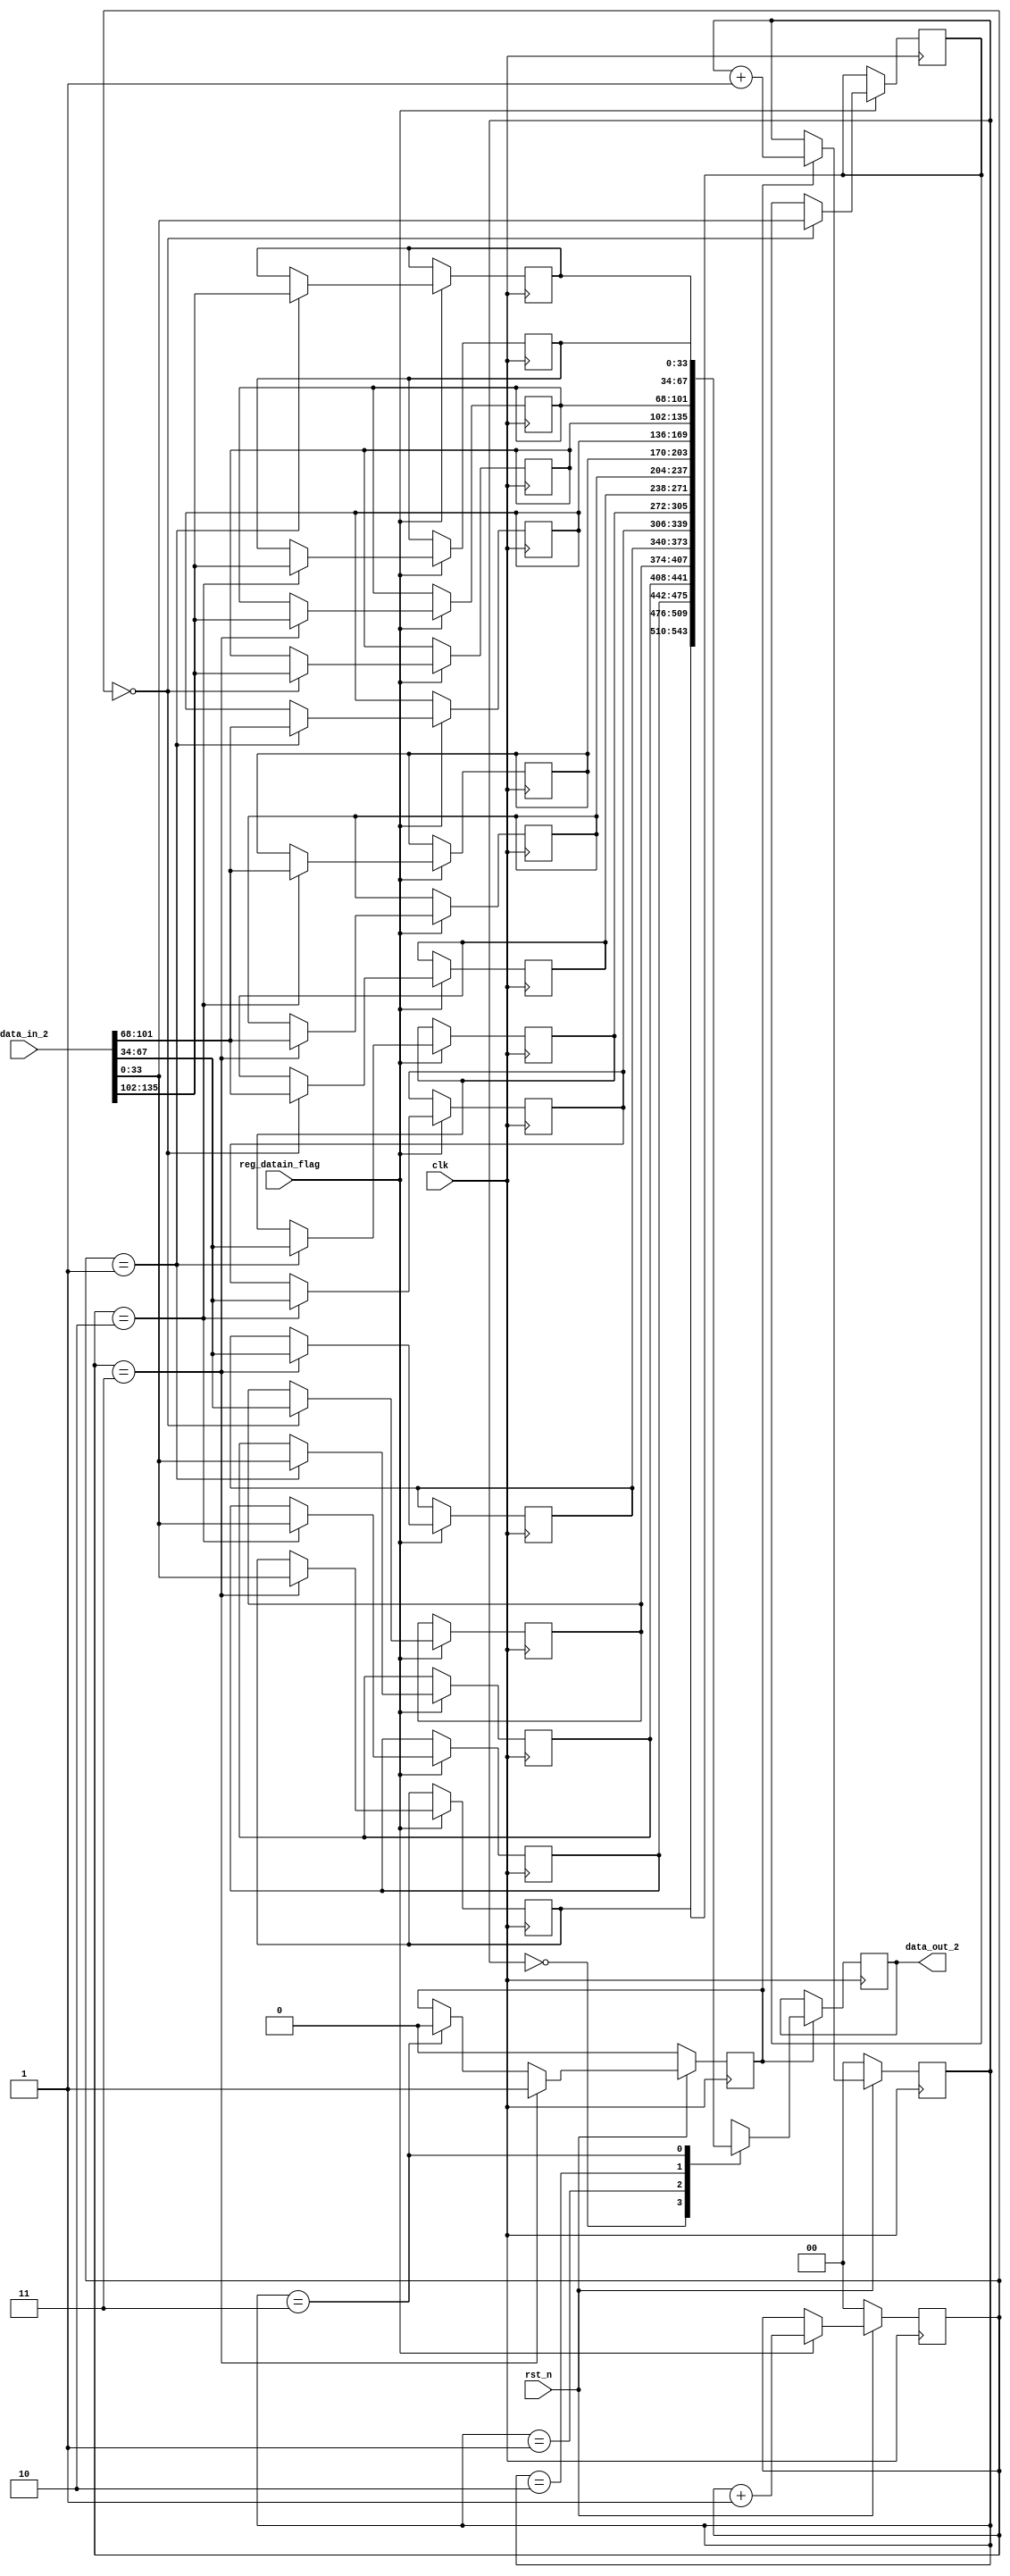
// This program was cloned from: https://github.com/VenciFreeman/FFT_ChipDesign
// License: Mozilla Public License 2.0

//**********************************************************
// School: Shanghai Jiao Tong University
//
// File Name: reg1
//
// Type: Sequential
//
// Purpose: Storage of butterfly operation intermediate data
// 
// Details:
//
// Release History:
// - Version 1.0 20/03/27: Create;
// - Version 1.1 20/04/20: Modify;
// - Version 1.2 20/04/21: Edit format by @VenciFreeman.
//
// Notes:
//
//**********************************************************

module reg1(

  input  wire         clk,
  input  wire         rst_n,
  input  wire [135:0] data_in_2,        // The data from butterfly (or structurally, from DEMUX)
  input  wire         reg_datain_flag,  // control the input
  output reg  [135:0] data_out_2        // The data to MUX

  );

  reg reg_flag_mux;  // control the output

  reg [33:0] R0;
  reg [33:0] R1;
  reg [33:0] R2;
  reg [33:0] R3;
  reg [33:0] R4;
  reg [33:0] R5;
  reg [33:0] R6;
  reg [33:0] R7;
  reg [33:0] R8;
  reg [33:0] R9;
  reg [33:0] R10;
  reg [33:0] R11;
  reg [33:0] R12;
  reg [33:0] R13;
  reg [33:0] R14;
  reg [33:0] R15;
  
  reg [1:0] counter1;
  reg [1:0] counter2;

// This always part controls signal counter1. 
  always @ ( posedge clk ) begin
    if ( !rst_n )
      counter1 <= 2'b00;
    else if ( reg_datain_flag )
      counter1 <= counter1 + 1'b1;
  end

// This always part controls registers. 
  always @ ( posedge clk ) begin
    if ( reg_datain_flag )begin
      case ( counter1 )
        2'b01: begin
          R0  <= data_in_2[33:0];
          R1  <= data_in_2[67:34];
          R2  <= data_in_2[101:68];
          R3  <= data_in_2[135:102];
        end
        2'b10: begin
          R4  <= data_in_2[33:0];
          R5  <= data_in_2[67:34];
          R6  <= data_in_2[101:68];
          R7  <= data_in_2[135:102];
        end
        2'b11: begin
          R8  <= data_in_2[33:0];
          R9  <= data_in_2[67:34];
          R10 <= data_in_2[101:68];
          R11 <= data_in_2[135:102];
        end
        2'b00: begin
          R12 <= data_in_2[33:0];
          R13 <= data_in_2[67:34];
          R14 <= data_in_2[101:68];
          R15 <= data_in_2[135:102];
        end
      endcase
    end
  end

// This always part controls signal reg_flag_mux. 
  always @ ( posedge clk ) begin
    if ( !rst_n )
      reg_flag_mux <= 1'b0;

    else if ( counter1 == 2'b11 )
      reg_flag_mux <= 1'b1;

    else if ( counter2 == 2'b11 )
      reg_flag_mux <= 1'b0;
  end
  
// This always part controls signal counter2. 
  always @ ( posedge clk ) begin
    if ( !rst_n )
      counter2 <= 2'b00;

    else if ( reg_flag_mux )
      counter2 <= counter2 + 2'b01;
  end

// This always part controls signal data_out_2. 
  always @ ( posedge clk ) begin
    if ( reg_flag_mux ) begin
      case ( counter2 )
        2'b00: data_out_2 <= {R12,  R8,  R4,  R0};
        2'b01: data_out_2 <= {R13,  R9,  R5,  R1};
        2'b10: data_out_2 <= {R14,  R10, R6,  R2};
        2'b11: data_out_2 <= {R15,  R11, R7,  R3};
    endcase
    end
  end

endmodule